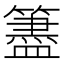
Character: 𥵧